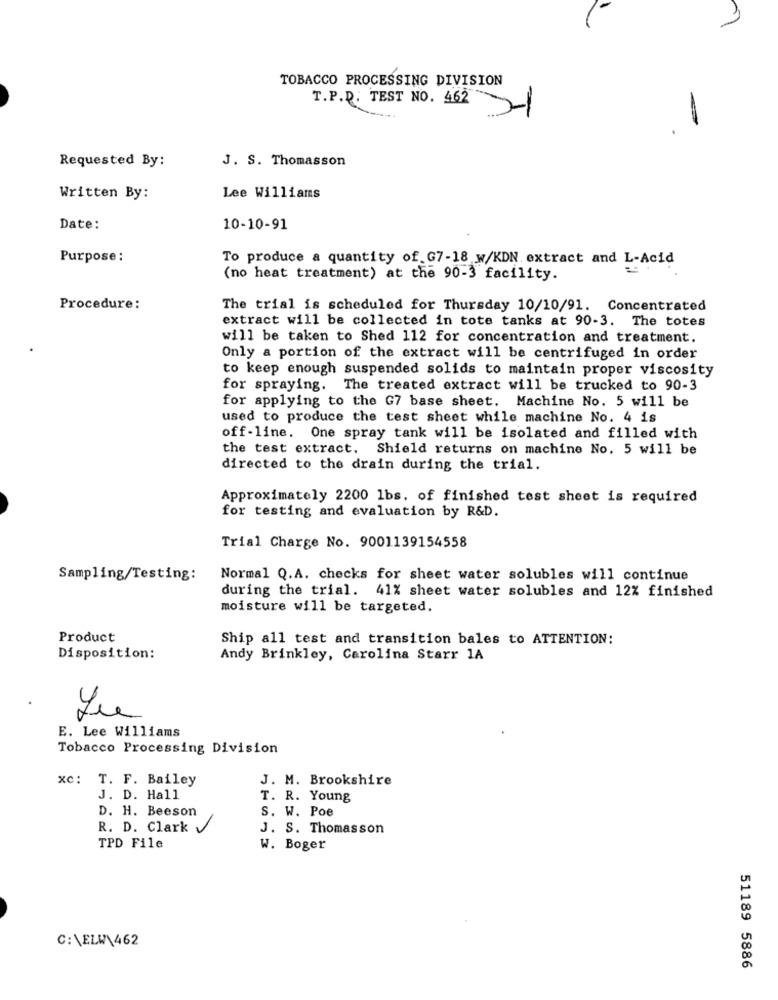
TOBACCO PROCESSING DIVISION
T.P.D. TEST NO. 462
-1
-
Requested By:
J. S. Thomasson
Written By:
Lee Williams
Date:
10-10-91
Purpose:
To produce a quantity of.G7-18 w/KDN extract and L-Acid
(no heat treatment) at the 90-3 facility.
Procedure:
The trial is scheduled for Thursday 10/10/91. Concentrated
extract will be collected in tote tanks at 90-3. The totes
will be taken to Shed 112 for concentration and treatment.
Only a portion of the extract will be centrifuged in order
to keep enough suspended solids to maintain proper viscosity
for spraying. The treated extract will be trucked to 90-3
for applying to the G7 base sheet. Machine No. 5 will be
used to produce the test sheet while machine No. 4 is
off-line. One spray tank will be isolated and filled with
the test extract. Shield returns on machine No. 5 will be
directed to the drain during the trial.
Approximately 2200 1bs. of finished test sheet is required
for testing and evaluation by R&D.
Trial Charge No. 9001139154558
Sampling/Testing:
Normal Q.A. checks for sheet water solubles will continue
during the trial. 41% sheet water solubles and 12% finished
moisture will be targeted.
Product
Ship all test and transition bales to ATTENTION:
Disposition:
Andy Brinkley, Carolina Starr 1A
E. Lee Williams
Tobacco Processing Division
xc: T. F. Bailey
J. M. Brookshire
J. D. Hall
T. R. Young
D. H. Beeson
S. W. Poe
R. D. Clark V
J. S. Thomasson
TPD File
W. Boger
C:\ELW\462
51189 5886